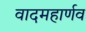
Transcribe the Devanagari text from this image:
वादमहार्णव